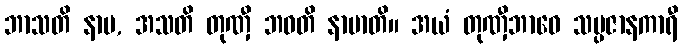
ဘာသတိ နာမ, အသတိ တုဏှီ ဘဝတိ နာမာတိ။ အယံ တုဏှီဘာဝေ သမ္ပဇာနကာရီ